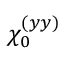
\chi _ { 0 } ^ { ( y y ) }